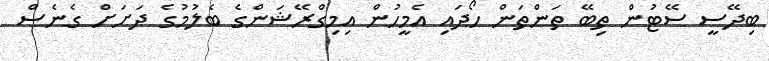
ބިދޭސީ ސޭޓުން ތިބޭ ތަންތަން ހޯދައި އެމީހުން އިމިގްރޭޝަންގެ ބެލުމުގެ ދަށަށް ގެނެސް